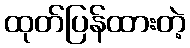
ထုတ်ပြန်ထားတဲ့